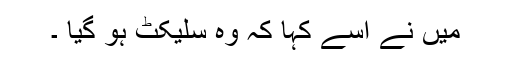
میں نے اُسے کہا کہ وہ سلیکٹ ہو گیا ۔